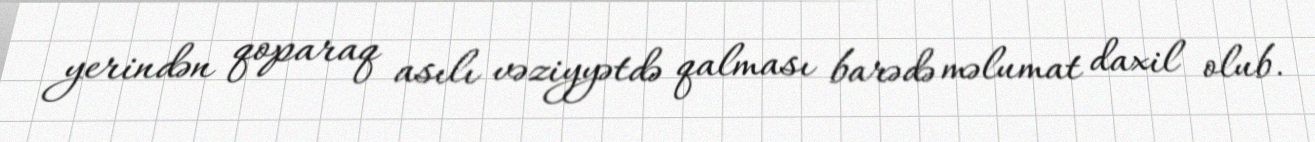
yerindən qoparaq asılı vəziyyətdə qalması barədə məlumat daxil olub.